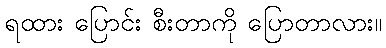
ရထား ပြောင်း စီးတာကို ပြောတာလား။